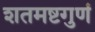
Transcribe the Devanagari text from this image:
शतमष्टगुणं